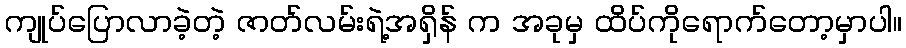
ကျုပ်ပြောလာခဲ့တဲ့ ဇာတ်လမ်းရဲ့အရှိန် က အခုမှ ထိပ်ကိုရောက်တော့မှာပါ။